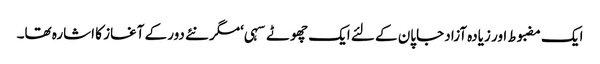
ایک مضبوط اور زیادہ آزاد جاپان کے لئے ایک چھوٹے سہی ‘مگر نئے دور کے آغاز کا اشارہ تھا۔